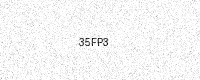
Text: 35FP3